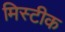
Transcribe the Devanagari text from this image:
मिस्टीक